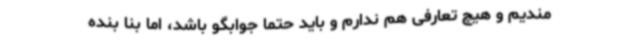
مندیم و هیچ تعارفی هم ندارم و باید حتما جوابگو باشد، اما بنا بنده